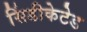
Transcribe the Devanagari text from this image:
सिंडीकेटेड